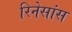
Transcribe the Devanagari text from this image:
रिनेसांस